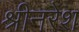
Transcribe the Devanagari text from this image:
श्रीनरेश